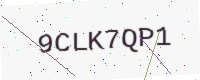
Text: 9CLK7QP1